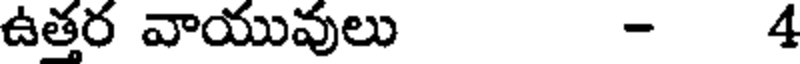
ఉత్తర వాయువులు - 4